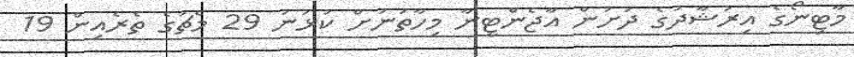
މާޓިނޯގެ އިރުޝާދުގެ ދަށުން އާޖެންޓީނާ މިހާތަނަށް ކުޅުނު 29 މެޗުގެ ތެރެއިން 19